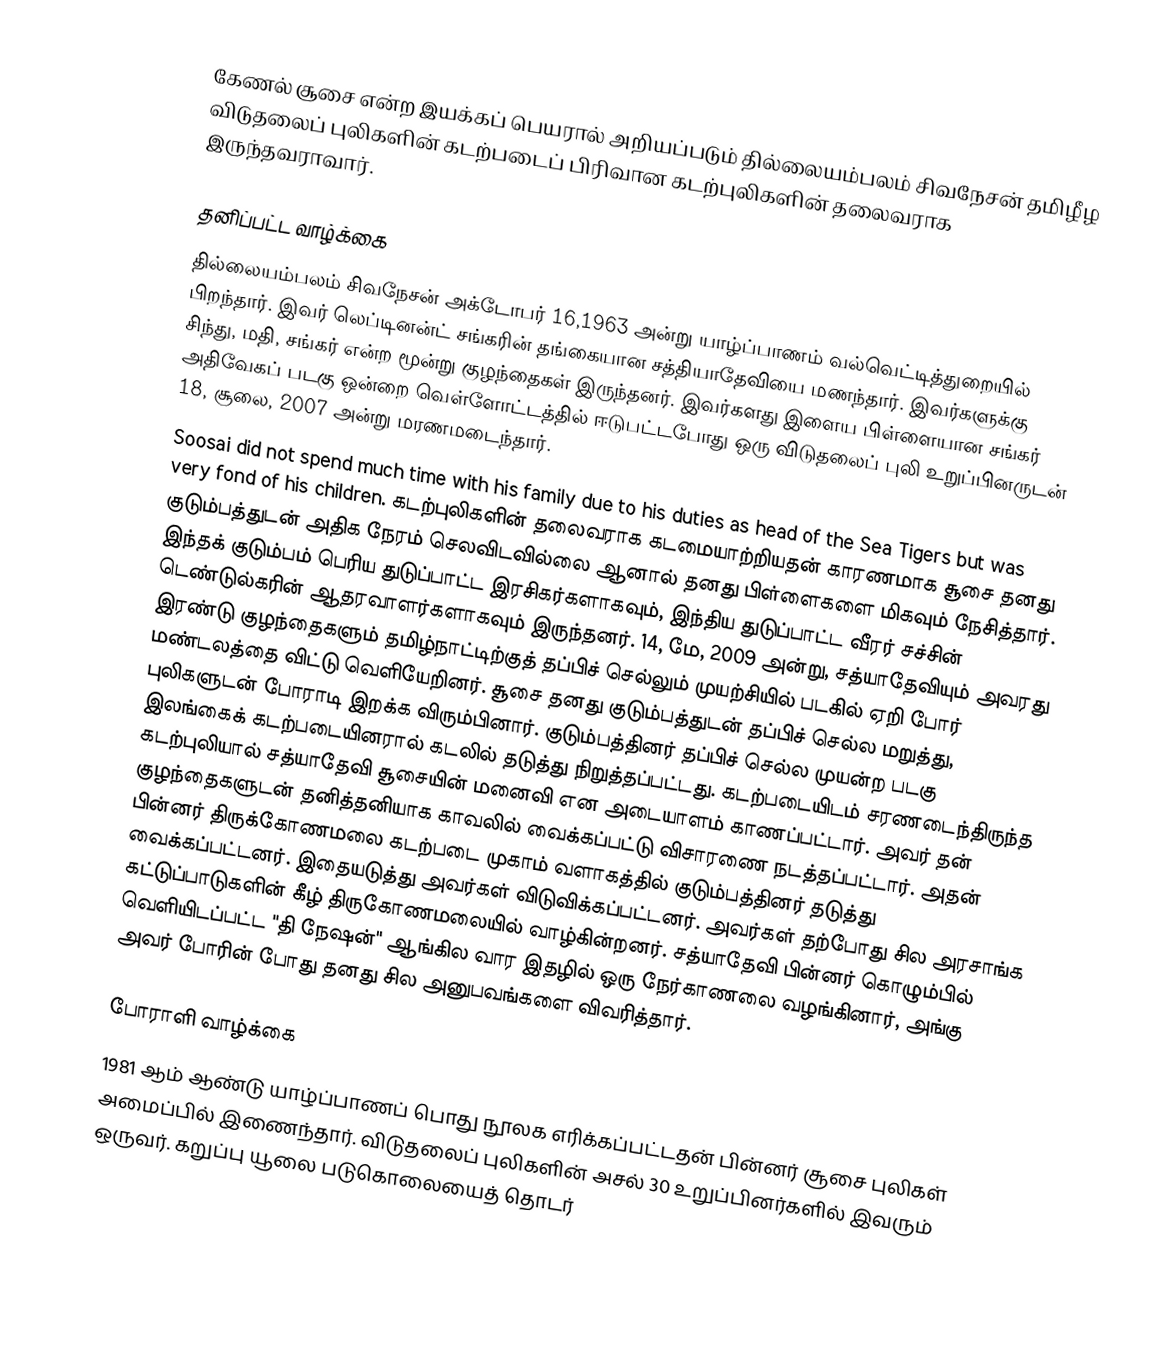
கேணல் சூசை என்ற இயக்கப் பெயரால் அறியப்படும் தில்லையம்பலம் சிவநேசன் தமிழீழ விடுதலைப் புலிகளின்　கடற்படைப் பிரிவான கடற்புலிகளின் தலைவராக இருந்தவராவார்.

தனிப்பட்ட வாழ்க்கை
தில்லையம்பலம் சிவநேசன் அக்டோபர் 16,1963   அன்று  யாழ்ப்பாணம் வல்வெட்டித்துறையில் பிறந்தார். இவர் லெப்டினன்ட் சங்கரின் தங்கையான சத்தியாதேவியை மணந்தார். இவர்களுக்கு சிந்து, மதி, சங்கர் என்ற மூன்று குழந்தைகள் இருந்தனர். இவர்களது இளைய பிள்ளையான சங்கர் அதிவேகப் படகு ஒன்றை வெள்ளோட்டத்தில் ஈடுபட்டபோது ஒரு விடுதலைப் புலி உறுப்பினருடன்  18, சூலை, 2007 அன்று மரணமடைந்தார்.
 Soosai did not spend much time with his family due to his duties as head of the Sea Tigers but was very fond of his children. கடற்புலிகளின் தலைவராக கடமையாற்றியதன் காரணமாக சூசை தனது குடும்பத்துடன் அதிக நேரம் செலவிடவில்லை ஆனால் தனது பிள்ளைகளை மிகவும் நேசித்தார். இந்தக் குடும்பம் பெரிய துடுப்பாட்ட இரசிகர்களாகவும், இந்திய துடுப்பாட்ட வீரர் சச்சின் டெண்டுல்கரின் ஆதரவாளர்களாகவும் இருந்தனர். 14, மே, 2009 அன்று, சத்யாதேவியும் அவரது இரண்டு குழந்தைகளும் தமிழ்நாட்டிற்குத் தப்பிச் செல்லும் முயற்சியில் படகில் ஏறி போர் மண்டலத்தை விட்டு வெளியேறினர். சூசை தனது குடும்பத்துடன் தப்பிச் செல்ல மறுத்து, புலிகளுடன் போராடி இறக்க விரும்பினார்.  குடும்பத்தினர் தப்பிச் செல்ல முயன்ற  படகு இலங்கைக் கடற்படையினரால் கடலில் தடுத்து நிறுத்தப்பட்டது.  கடற்படையிடம் சரணடைந்திருந்த கடற்புலியால் சத்யாதேவி சூசையின் மனைவி என அடையாளம் காணப்பட்டார். அவர் தன் குழந்தைகளுடன் தனித்தனியாக காவலில் வைக்கப்பட்டு விசாரணை நடத்தப்பட்டார். அதன் பின்னர் திருக்கோணமலை கடற்படை முகாம் வளாகத்தில் குடும்பத்தினர் தடுத்து வைக்கப்பட்டனர். இதையடுத்து அவர்கள் விடுவிக்கப்பட்டனர். அவர்கள் தற்போது சில அரசாங்க கட்டுப்பாடுகளின் கீழ் திருகோணமலையில் வாழ்கின்றனர். சத்யாதேவி பின்னர் கொழும்பில் வெளியிடப்பட்ட "தி நேஷன்" ஆங்கில வார இதழில் ஒரு நேர்காணலை வழங்கினார், அங்கு அவர் போரின் போது தனது சில அனுபவங்களை விவரித்தார்.

போராளி வாழ்க்கை
1981 ஆம் ஆண்டு யாழ்ப்பாணப் பொது நூலக எரிக்கப்பட்டதன் பின்னர் சூசை புலிகள் அமைப்பில் இணைந்தார். விடுதலைப் புலிகளின் அசல் 30 உறுப்பினர்களில் இவரும் ஒருவர். கறுப்பு யூலை படுகொலையைத் தொடர்